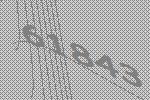
61843